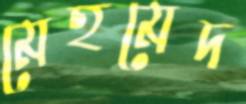
মেহমেদ